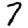
Digit: 7